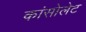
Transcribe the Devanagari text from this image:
कांसोलेट